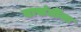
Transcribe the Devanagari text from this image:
वासंतींना